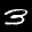
Label: 3